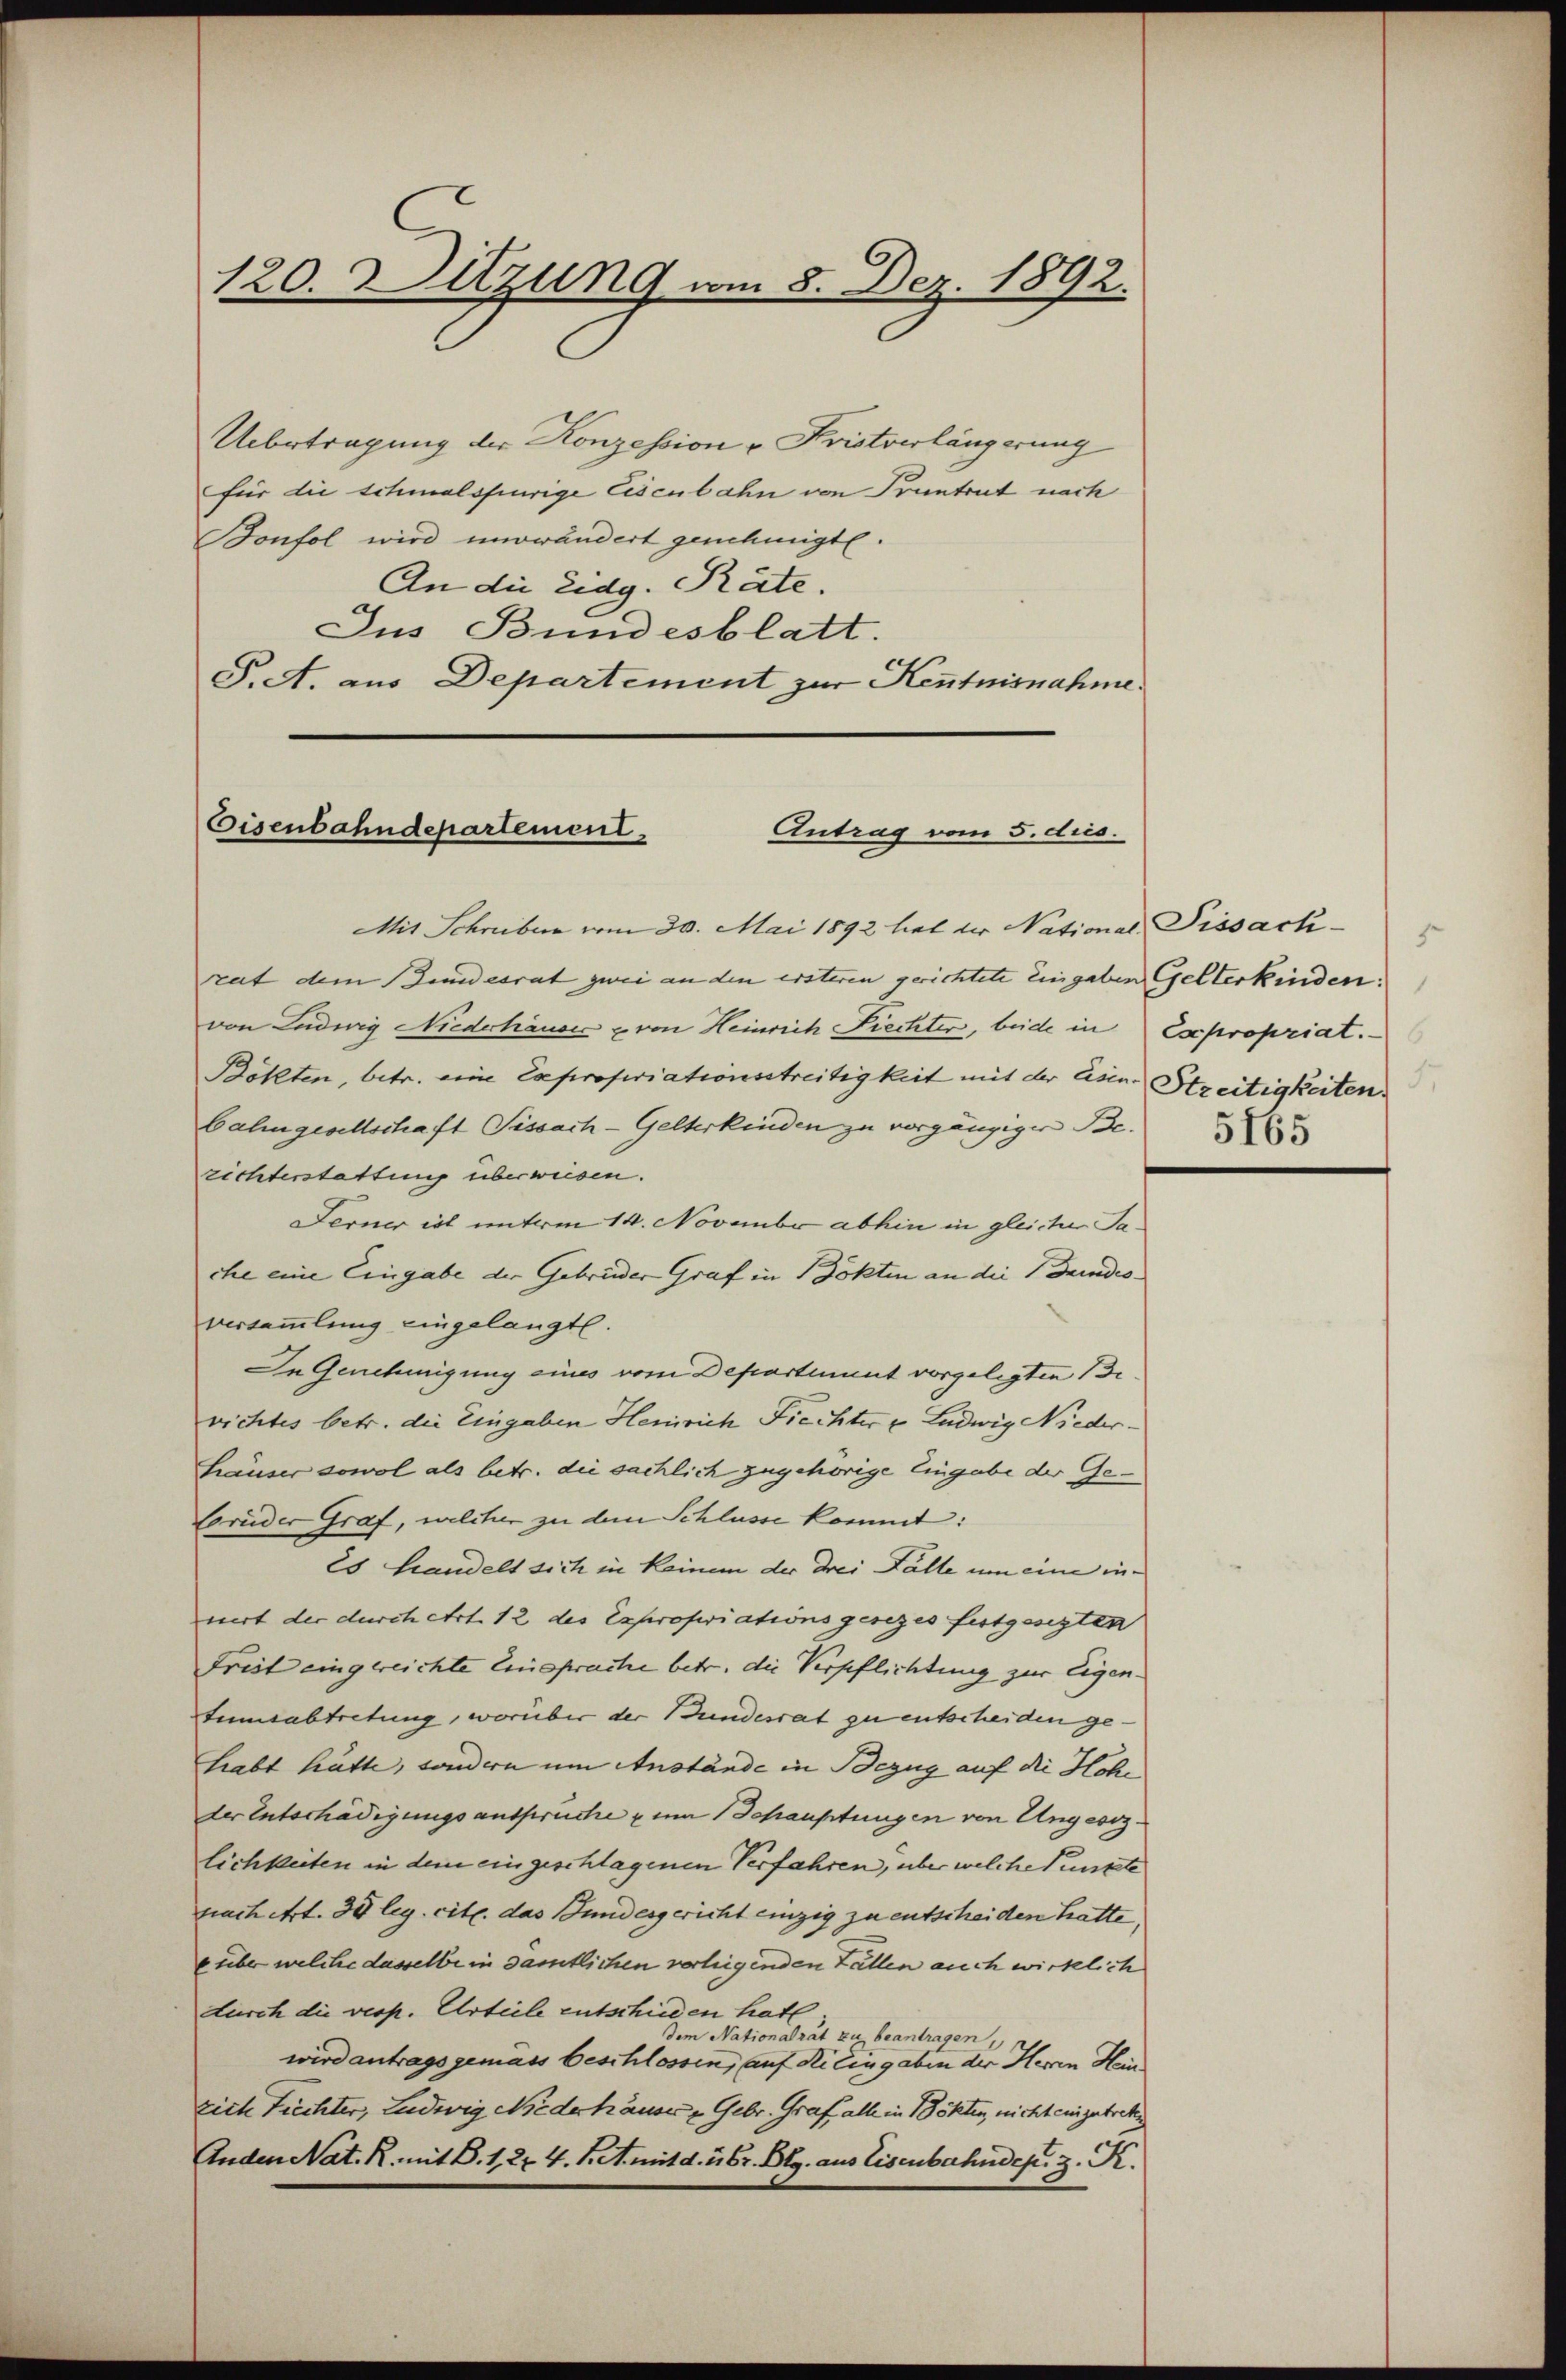
120. Ditzung vom 8. Dez. 1892.

Uebertragung der Konzession u. Fristverlängerung
für die schmalspurige Eisenbahn von Pruntrut nach
Bonfol wird nurwändert genehmigte.
An die Eidg. Räte.
Jus Bundesblatt.
P.A. aus Departement zur Kenntnisnahme.

Eisenbahndepartement.
Antrag vom 5. dies.

Mit Schreiben vom 30. Mai 1892 hielt der National, Pissachrat dem Bundesrat zwei an den ersteren gerichtete eingaben Gelterkinden:
von Ludwig Niederhäuser & von Heinrich Piechter, beide in Expropriat.
Böhlten, betr. eine Expropriationsstreitigkeit mit der Asine Streitigkeiten.
bahngesellschaft Sissach-Gelterkinden zu vorgängiger Be-
richterstattung überweisen.
Ferner ist unterm 14. November abhin in gleicher Jache eine Eingabe der Gebrüder Graf in Bökten an die Grundroversammlung eingelangt.
In Genehmigung eines vom Departement vorgelegten Bevichtes betr. die Eingaben Henrich Fiechter u Ludwig Niederhäuser sowol als betr. die sächlich zugehörige Eingabe der Ge¬
Bruder Graf, welcher zu dem Schlusse kommt:
Es handelt sich in keinem der Drei Fälle um eine inmirt der durch Art. 12 des Expropriationsgesezes festgesezten
Frist eingereichte Einsprache betr. die Verpflichtung zur Eigen.
tumsabtretung, worüber der Bundesrat zu entscheiden ge-
habt hätte, sondern um Anstände in Bezug auf die Hohe
der Entschädigungsansprüche zum Schauptungen von Ungesezlichkeiten in dem eingeschlagenen Verfahren, über welche Punkte
nach Art. 30 leg. cit. das Bundesgericht einzig zu entscheiden hatte.
über welche dasselbe in samtlichen verliegenden Fällen auch wirklich
durch die vesp. Urteile entschieden hat.
dem Nationalrat zu beantragen,
wird antragsgemäss beschlossen, auf Kilingaben der Herrn Hein
rich Tiechter, Ludwig Niederhäuser u Gebr. Graf alle in Bökten, nicht einzutrete
Andeniat. R. mit B. 1. 274. d. M. mit d. ibr. Blg. aus Eisenbahndep. z. R.

ze